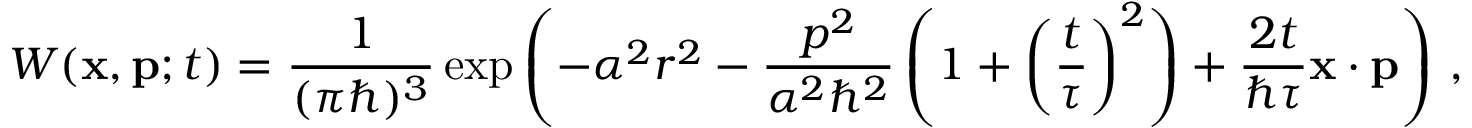
W ( \mathbf { x } , \mathbf { p } ; t ) = { \frac { 1 } { ( \pi \hbar ) ^ { 3 } } } \exp { \left( - \alpha ^ { 2 } r ^ { 2 } - { \frac { p ^ { 2 } } { \alpha ^ { 2 } \hbar ^ { 2 } } } \left( 1 + \left( { \frac { t } { \tau } } \right) ^ { 2 } \right) + { \frac { 2 t } { \hbar \tau } } \mathbf { x } \cdot \mathbf { p } \right) } ~ ,